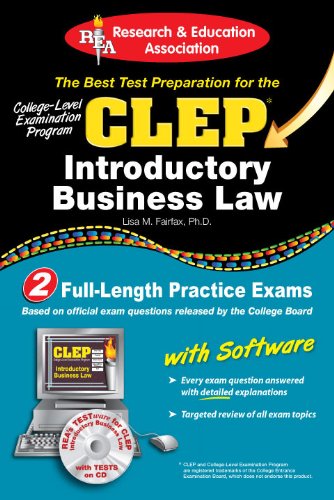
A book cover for CLEPÂ® Introductory Business Law with CD (CLEP Test Preparation); Lisa M. Fairfax JD; Test Preparation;